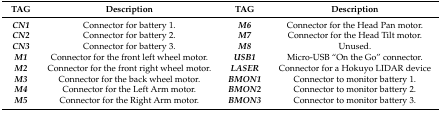
<table><thead><tr><td><b>TAG</b></td><td><b>Description</b></td><td><b>TAG</b></td><td><b>Description</b></td></tr></thead><tbody><tr><td><b><i>CN1</i></b></td><td>Connector for battery 1.</td><td><b><i>M6</i></b></td><td>Connector for the Head Pan motor.</td></tr><tr><td><b><i>CN2</i></b></td><td>Connector for battery 2.</td><td><b><i>M7</i></b></td><td>Connector for the Head Tilt motor.</td></tr><tr><td><b><i>CN3</i></b></td><td>Connector for battery 3.</td><td><b><i>M8</i></b></td><td>Unused.</td></tr><tr><td><b><i>M1</i></b></td><td>Connector for the front left wheel motor.</td><td><b><i>USB1</i></b></td><td>Micro-USB “On the Go” connector. </td></tr><tr><td><b><i>M2</i></b></td><td>Connector for the front right wheel motor.</td><td><b><i>LASER</i></b></td><td>Connector for a Hokuyo LIDAR device</td></tr><tr><td><b><i>M3</i></b></td><td>Connector for the back wheel motor.</td><td><b><i>BMON1</i></b></td><td>Connector to monitor battery 1.</td></tr><tr><td><b><i>M4</i></b></td><td>Connector for the Left Arm motor.</td><td><b><i>BMON2</i></b></td><td>Connector to monitor battery 2.</td></tr><tr><td><b><i>M5</i></b></td><td>Connector for the Right Arm motor.</td><td><b><i>BMON3</i></b></td><td>Connector to monitor battery 3.</td></tr></tbody></table>